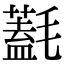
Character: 𣰛